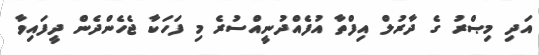
އަދި މިޞްރު ގެ ދާރުލް އިފްތާ އުފެއްދުނީއްސުރެ މި ފަހަކާ ޖެހެންދެން ދީފައިވާ